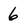
Character: 6